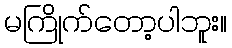
မကြိုက်တော့ပါဘူး။